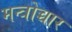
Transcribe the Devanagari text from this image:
मन्त्रोच्चार